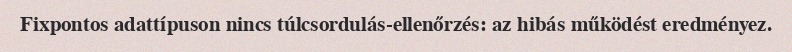
Fixpontos adattípuson nincs túlcsordulás-ellenőrzés: az hibás működést eredményez.